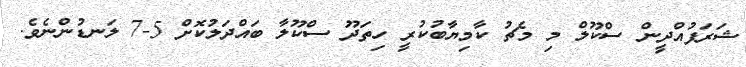
ޝަރަފުއްދީން ސްކޫލް މި މެޗު ކާމިޔާބުކުރީ ހިތަދޫ ސްކޫލާ ބައްދަލުކޮށް 5-7 ލަނޑުންނެވެ.